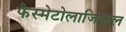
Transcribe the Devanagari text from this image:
फैस्मेटोलाजिकल